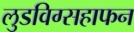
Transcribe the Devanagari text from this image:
लुडविग्सहाफन